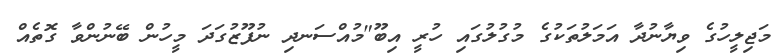
މަޖިލީހުގެ ވިޔާނުދާ އަމަލުތަކުގެ މުގުލުގައި ހުރީ އިބޫ"މުއްސަނދި ނުފޫޒުގަދަ މީހުން ބޭނުންވާ ގޮތެއް